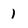
Character: 1